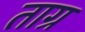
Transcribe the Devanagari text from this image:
ताग्र